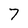
Character: 7